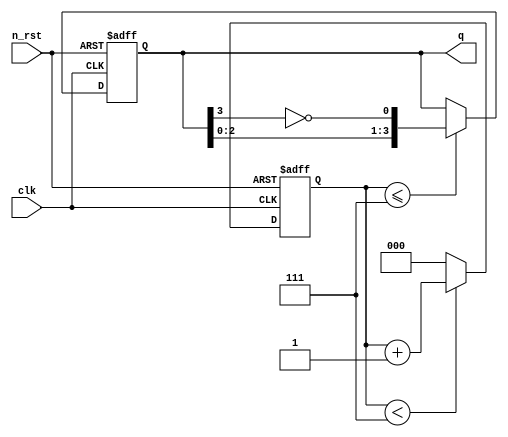
module jhonson_cnt (
    input clk,
    input n_rst,
    output reg [3:0] q
);

reg [2:0] cnt;

always @(posedge clk or negedge n_rst)
    if(!n_rst)
        cnt <= 3'b0;
    else
        cnt <= (cnt < 3'h7)? cnt + 3'b1 : 3'b0;

always @(posedge clk or negedge n_rst)
    if(!n_rst)
        q <= 4'b0000;
    else begin
        if(cnt <= 3'h7)
            q <= {q[2:0], ~q[3]};
    end
    
endmodule